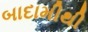
બાદામીથી